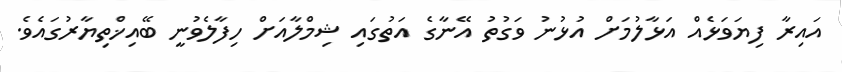
އައިރާ ފިޔަވަޅެއް އަޅާލުމަށް އުޅުނު ވަގުތު އޭނާގެ އަތުގައި ޝިމްލާއަށް ހިފާލެވުނީ ބޭއިޚްތިޔާރުގައެވެ.